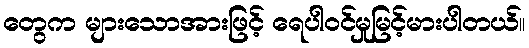
တွေက များသောအားဖြင့် ရေပါဝင်မှုမြင့်မားပါတယ်။